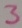
Text: 3